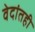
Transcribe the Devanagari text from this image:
वेदांतही